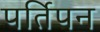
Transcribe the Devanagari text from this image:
पर्तिपन